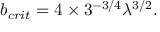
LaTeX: b _ { c r i t } = 4 \times 3 ^ { - 3 / 4 } \lambda ^ { 3 / 2 } .